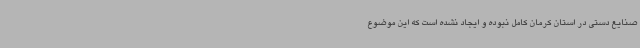
صنایع دستی در استان کرمان کامل نبوده و ایجاد نشده است که این موضوع